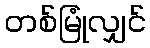
တစ်မြုံလျှင်